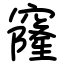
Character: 窿